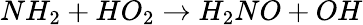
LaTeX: NH_{2}+HO_{2}\rightarrow H_{2}NO+OH